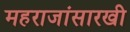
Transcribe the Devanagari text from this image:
महराजांसारखी